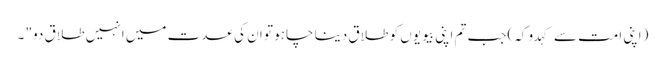
(اپنی امت سے کہدو کہ)جب تم اپنی بیویوں کو طلاق دینا چاہو تو ان کی عدت میں انہیں طلاق دو" ۔